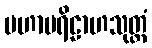
မဟာပရိဠာဟသုတ္တံ